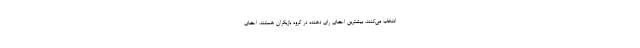
انتخاب می‌کنند. بیشترین اعضای رای دهنده در گروه بازیگران هستند. اعضای